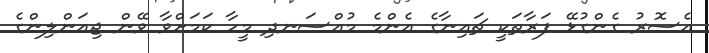
އެސޮރު ގެންގުޅޭ ފަރާތަކީ ޗައިނާގެ އެންމެ މުއްސަނދި މީހާ ކަމަށްވާ ވޭން ޖިއަންލިންގެ